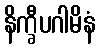
နိက္ခီပဂါမိနံ